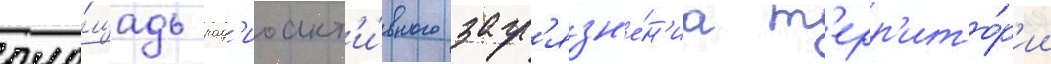
пло́щадь рад'иоакт'и́вного загр'язн'е́н'иа т'ерр'ито́р'ии